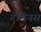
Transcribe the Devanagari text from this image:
गेलिनस